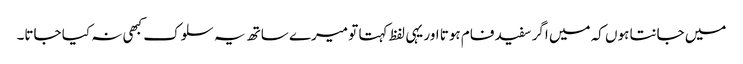
میں جانتا ہوں کہ میں اگر سفید فام ہوتا اور یہی لفظ کہتا تو میرے ساتھ یہ سلوک کبھی نہ کیا جاتا۔